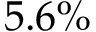
5 . 6 \%